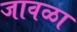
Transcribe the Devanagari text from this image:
जावळा